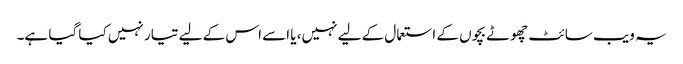
یہ ویب سائٹ چھوٹے بچوں کے استعمال کے لیے نہیں، یا اسے اس کے لیے تیار نہیں کیا گیا ہے۔